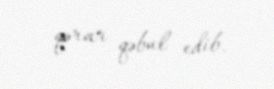
qərar qəbul edib.